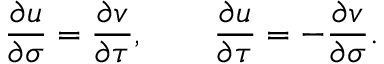
\frac { \partial u } { \partial \sigma } = \frac { \partial v } { \partial \tau } , \qquad \frac { \partial u } { \partial \tau } = - \frac { \partial v } { \partial \sigma } .